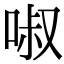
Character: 𠴫